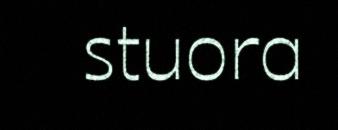
stuora